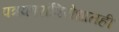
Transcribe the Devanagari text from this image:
पत्रकारांविरोधातही